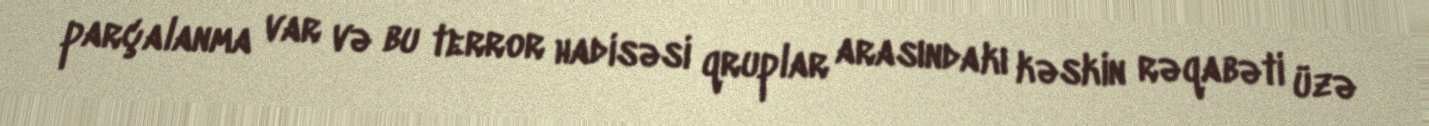
parçalanma var və bu terror hadisəsi qruplar arasındakı kəskin rəqabəti üzə